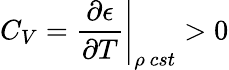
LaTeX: \left.C_{V}=\frac{\partial\epsilon}{\partial T}\right|_{\rho\ cst}>0